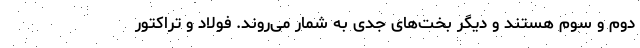
دوم و سوم هستند و دیگر بخت‌های جدی به شمار می‌روند. فولاد و تراکتور